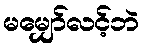
မမျှော်လင့်ဘဲ